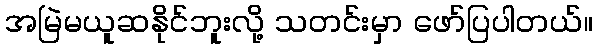
အမြဲမယူဆနိုင်ဘူးလို့ သတင်းမှာ ဖော်ပြပါတယ်။